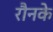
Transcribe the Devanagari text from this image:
रौनके